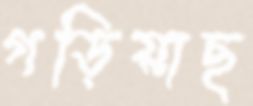
গড়িয়াছ